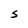
Character: S